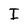
Character: I